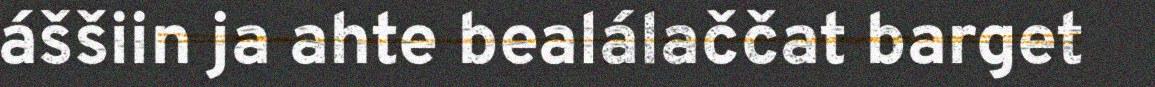
áššiin ja ahte bealálaččat barget